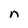
Character: n